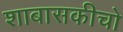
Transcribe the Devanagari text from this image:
शाबासकीचो